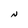
Character: N